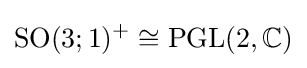
{\text{SO}}(3;1)^{+}\cong {\text{PGL}}(2,\mathbb {C} )